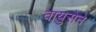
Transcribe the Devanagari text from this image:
वायुसेने